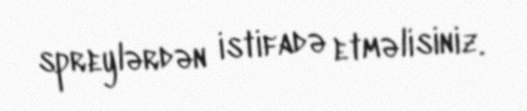
spreylərdən istifadə etməlisiniz.